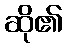
ဆို၏